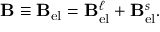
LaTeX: \mathbf { B } \equiv \mathbf { B } _ { \mathrm { e l } } = \mathbf { B } _ { \mathrm { e l } } ^ { \ell } + \mathbf { B } _ { \mathrm { e l } } ^ { s } .